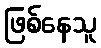
ဖြစ်နေသူ